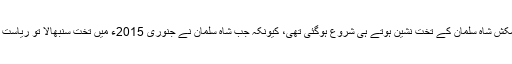
سعودی شاہی خاندان کے اندر اقتدار کی حالیہ کشمکش شاہ سلمان کے تخت نشین ہوتے ہی شروع ہوگئی تھی، کیونکہ جب شاہ سلمان نے جنوری 2015ء میں تخت سنبھالا تو ریاست سے باہر شہزادہ محمد کو شاید ہی کوئی جانتا تھا۔